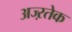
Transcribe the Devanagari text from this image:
अज्ऱतेक